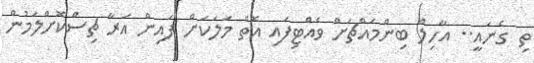
ތި ގެނައީ.. އާހިލް ބިންމައްޗަށް ވެއްޓިފައި އޮތް މަލަކަށް ފައިން އަރާ ޗިސްކޮށްލަމުން